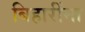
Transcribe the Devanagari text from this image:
बिहारींना